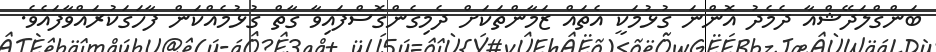
ބަންގްލަދޭޝްއާ ދެމެދު އޮންނަ ގުޅުމަކީ އެތައް ޒަމާންތަކަށް ދެމިގެންގޮސްފައިވާ ގާތް ގުޅުމެއްކަން ފާހަގަކުރައްވާފައެވެ.